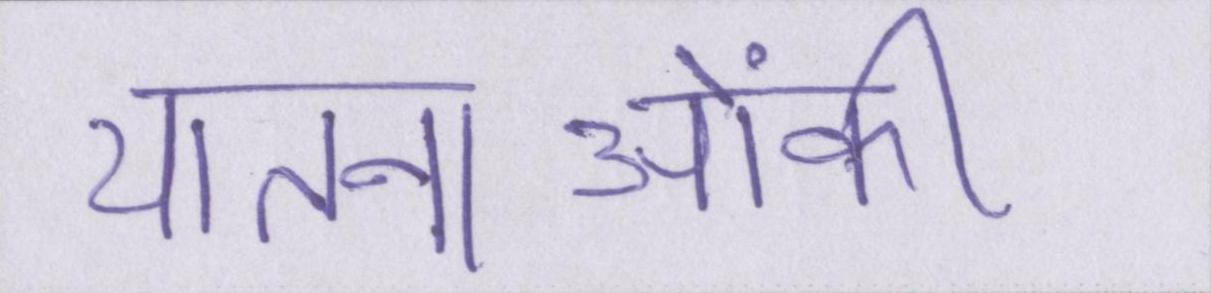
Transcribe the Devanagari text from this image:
यातनाओंकी